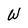
Character: W